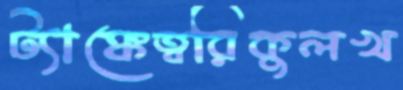
ট্যাঙ্কেত্বরিকুলখ